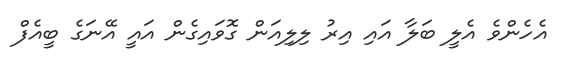
އެހެންވެ އެލީ ބަލާ އައި އިރު ލިލިއަން ގޮވައިގެން އައީ އޭނަގެ ބީއެފް